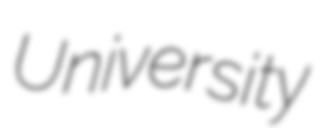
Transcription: University